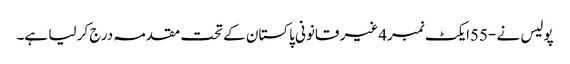
پولیس نے -55ایکٹ نمبر4غیر قانونی پاکستان کے تحت مقدمہ درج کر لیا ہے۔